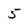
Character: 5